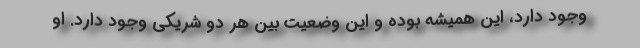
وجود دارد، این همیشه بوده و این وضعیت بین هر دو شریکی وجود دارد. او